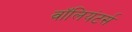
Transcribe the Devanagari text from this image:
वॉलियंटर्स